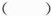
()